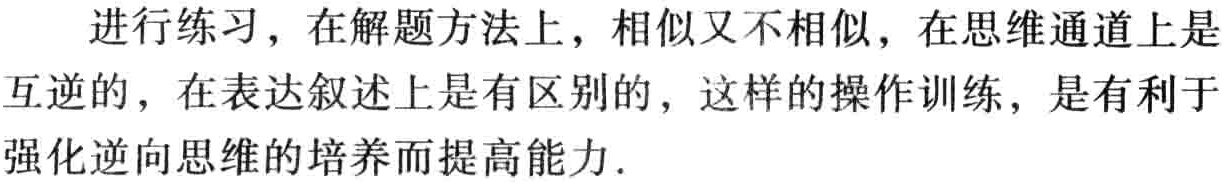
进行练习，在解题方法上，相似又不相似，在思维通道上是互逆的，在表达叙述上是有区别的，这样的操作训练，是有利于强化逆向思维的培养而提高能力.